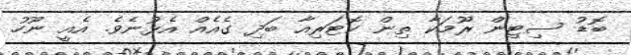
ބޮޑު ސިޓިން ރޫމަކާ ތިން ކޮޓަރިއާ ބަދި ގެއެއް އެޅުނެވެ. އެއީ ނޫހު